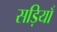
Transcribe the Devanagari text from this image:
सड़ियाँ